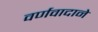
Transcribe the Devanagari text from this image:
वर्णवादाने